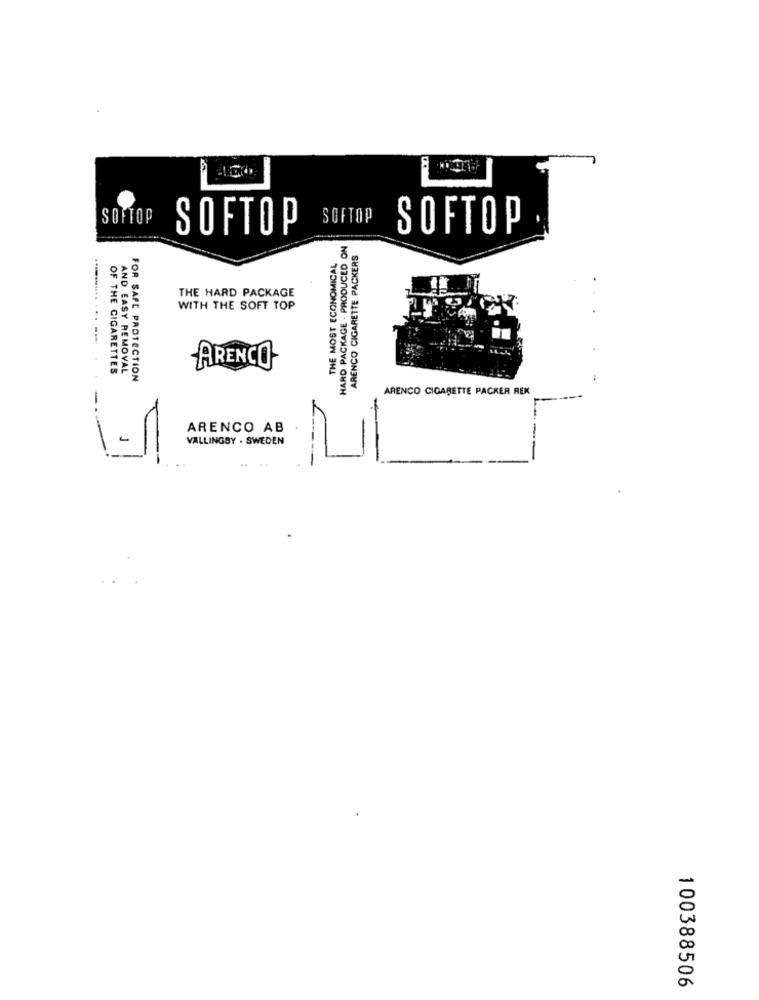
SOFTOP
SOFTOP
SOFTOP
SOFTOP
HARD PACKAGE . PRODUCED ON
ARENCO CIGARETTE PACKERS
THE MOST ECONOMICAL
THE HARD PACKAGE
WITH THE SOFT TOP
OF THE CIGARETTES
AND EASY REMOVAL
ARENCO
FOR SAFE PROTECTION
ARENCO CIGARETTE PACKER REK
ARENCO AB
VALLINGSY . SWEDEN
100388506